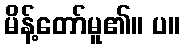
မိန့်တော်မူ၏။ ပ။